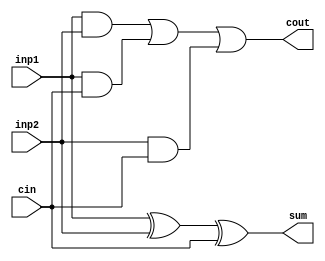
module Full_adder(sum,cout,cin,inp1,inp2);

  input cin, inp1, inp2;
  output sum,cout;

  wire inp12, inp1cin, inp2cin;
  and (inp12, inp1, inp2);
  and (inp1cin, inp1, cin);
  and (inp2cin, inp2, cin);
  or (cout, inp12, inp1cin, inp2cin);
  // cout = (inp1&inp2) | (inp1&cin) | (inp2&cin)

  xor (sum, inp1, inp2, cin);// sum=inp1^inp2^cin

endmodule